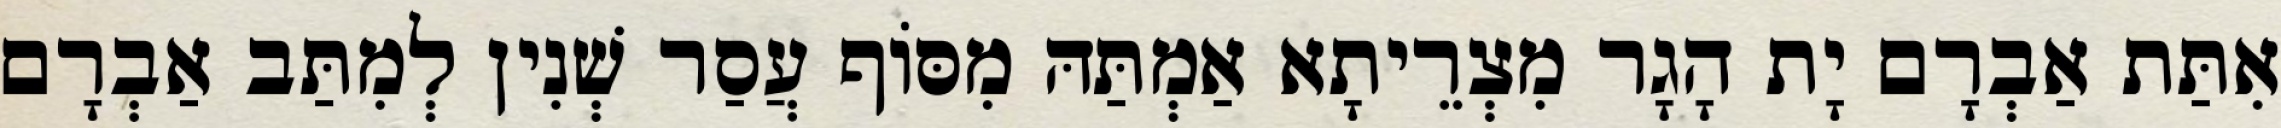
אִתַּת אַבְרָם יָת הָגָר מִצְרֵיתָא אַמְתַּהּ מִסּוֹף עֲסַר שְׁנִין לְמִתַּב אַבְרָם